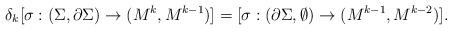
LaTeX: \begin{align*}\delta_k[\sigma:(\Sigma,\partial \Sigma)\to (M^k,M^{k-1})]=[\sigma:(\partial \Sigma,\emptyset)\to (M^{k-1},M^{k-2})].\end{align*}